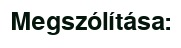
Megszólítása: